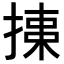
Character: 𢱠